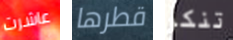
عاشرت قطرها تنكر